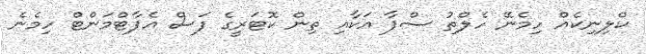
ކްލިނިކެއް ހިމެނޭ ހެލްތު ސްޕާާ އަކާއި ތިން ކޮޓަރީގެ ފަސް އެޕާޓްމަންޓް ހިމެނެ